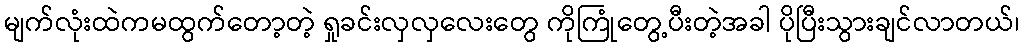
မျက်လုံးထဲကမထွက်တော့တဲ့ ရှုခင်းလှလှလေးတွေ ကိုကြုံတွေ့ပီးတဲ့အခါ ပိုပြီးသွားချင်လာတယ်၊